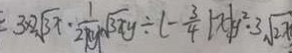
3 \times 2 \sqrt { 3 x } \cdot \frac { 1 } { 2 x y } \sqrt { 3 x y } \div ( - \frac { 3 } { 4 } \vert x \vert y ^ { 2 } \cdot 3 \sqrt { 2 x }